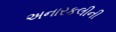
અનારકલીની